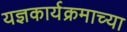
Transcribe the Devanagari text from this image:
यज्ञकार्यक्रमाच्या